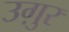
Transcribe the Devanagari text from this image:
उग़ुर